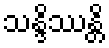
သန္ဒိဿန္တိ